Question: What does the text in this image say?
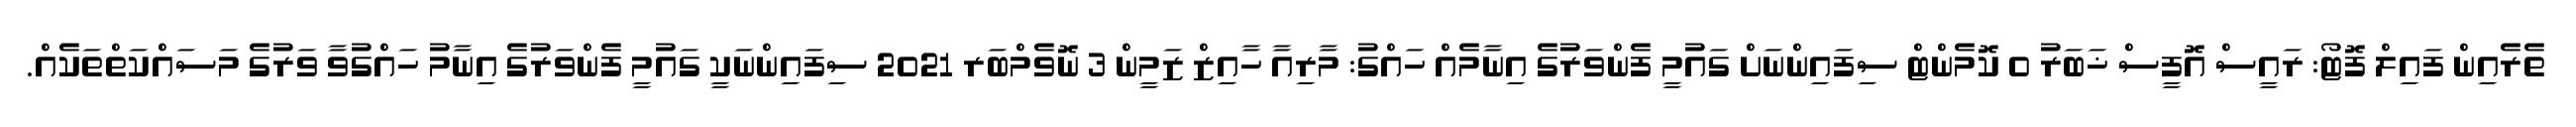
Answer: ތެރެއިން ފައިލް ފޮޓޯ: ރައީސް އޮފީސް ޚަބަރު 0 ކޮމެންޓް ސިފައިންނަށް ގައުމީ ފެންވަރުގެ އިނާމެއް ހައްގު: މާރިއާ ހާއިޒް ޒަމީން 3 ނޮވެމްބަރ 2021 ސިފައިންނަކީ ގައުމީ ފެންވަރުގެ އިނާމު ހައްގުވާ ވަރުގެ މަސައްކަތްތަކެއް.